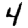
Digit: 4